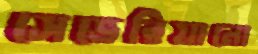
সেভেরিয়ানো